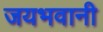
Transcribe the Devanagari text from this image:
जयभवानी